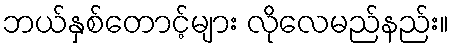
ဘယ်နှစ်တောင့်များ လိုလေမည်နည်း။